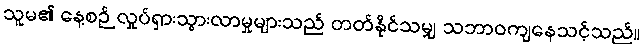
သူမ၏ နေ့စဉ် လှုပ်ရှားသွားလာမှုများသည် တတ်နိုင်သမျှ သဘာဝကျနေသင့်သည်။